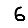
Digit: 6